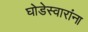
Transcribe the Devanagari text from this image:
घोडेस्वारांना